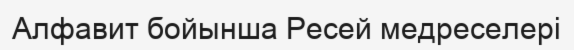
Алфавит бойынша Ресей медреселері